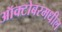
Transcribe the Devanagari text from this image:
ऑक्टोबरमधील